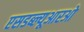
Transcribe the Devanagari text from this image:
एसडब्ल्यूआरओ